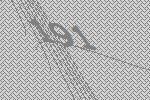
191